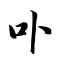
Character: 卟